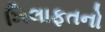
ખિલાફતનો